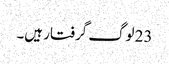
23 لوگ گرفتار ہیں۔